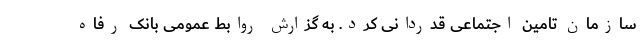
سازمان تامین اجتماعی قدردانی کرد. به گزارش روابط عمومی بانک رفاه